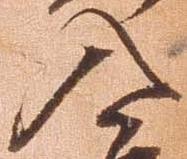
入